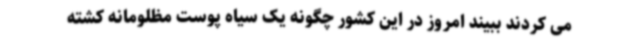
می کردند ببیند امروز در این کشور چگونه یک سیاه پوست مظلومانه کشته